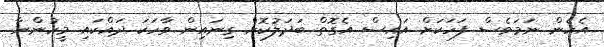
އެހެން ނަމަވެސް ފަހަކަށް އައިސް އެގޮތް ބަދަލުކޮށް ގިނައިން ވާހަކަ ދައްކައި މީހުންނާ